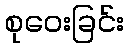
စုဝေးခြင်း